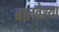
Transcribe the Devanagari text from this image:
बालवेश्या